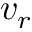
v _ { r }